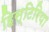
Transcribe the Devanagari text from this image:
हिस्टिरिया